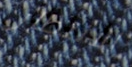
الانتظار